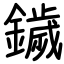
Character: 鐬